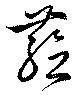
蘊